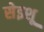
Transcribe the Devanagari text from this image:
सेइशू